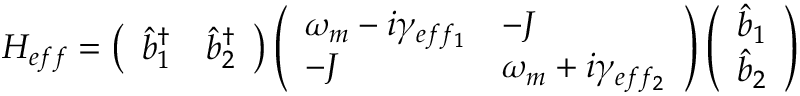
H _ { e f f } = \left( \begin{array} { l l } { \hat { b } _ { 1 } ^ { \dagger } } & { \hat { b } _ { 2 } ^ { \dagger } } \end{array} \right) \left( \begin{array} { l l } { \omega _ { m } - i \gamma _ { e f f _ { 1 } } } & { - J } \\ { - J } & { \omega _ { m } + i \gamma _ { e f f _ { 2 } } } \end{array} \right) \left( \begin{array} { l } { \hat { b } _ { 1 } } \\ { \hat { b } _ { 2 } } \end{array} \right)